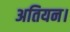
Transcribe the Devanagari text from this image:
अतियन।